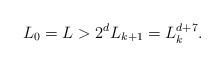
LaTeX: \begin{align*}L_{0}=L> 2^{d} L_{k+1} = L_{k}^{d+7}.\end{align*}